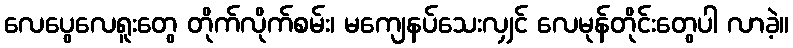
လေပွေလေရူးတွေ တိုက်လိုက်စမ်း၊ မကျေနပ်သေးလျှင် လေမုန်တိုင်းတွေပါ လာခဲ့။